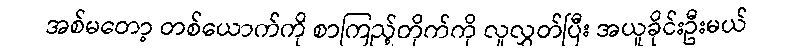
အစ်မတော့ တစ်ယောက်ကို စာကြည့်တိုက်ကို လူလွှတ်ပြီး အယူခိုင်းဦးမယ်